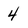
Character: 4